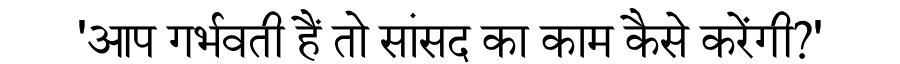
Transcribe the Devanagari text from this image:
'आप गर्भवती हैं तो सांसद का काम कैसे करेंगी?'